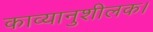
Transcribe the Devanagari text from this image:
काव्यानुशीलक।